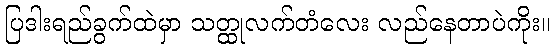
ပြဒါးရည်ခွက်ထဲမှာ သတ္ထုလက်တံလေး လည်နေတာပဲကိုး။